Report on the Civil Veterinary Department, Eastern Bengal and Assam - 1907-1911
Year: 1907
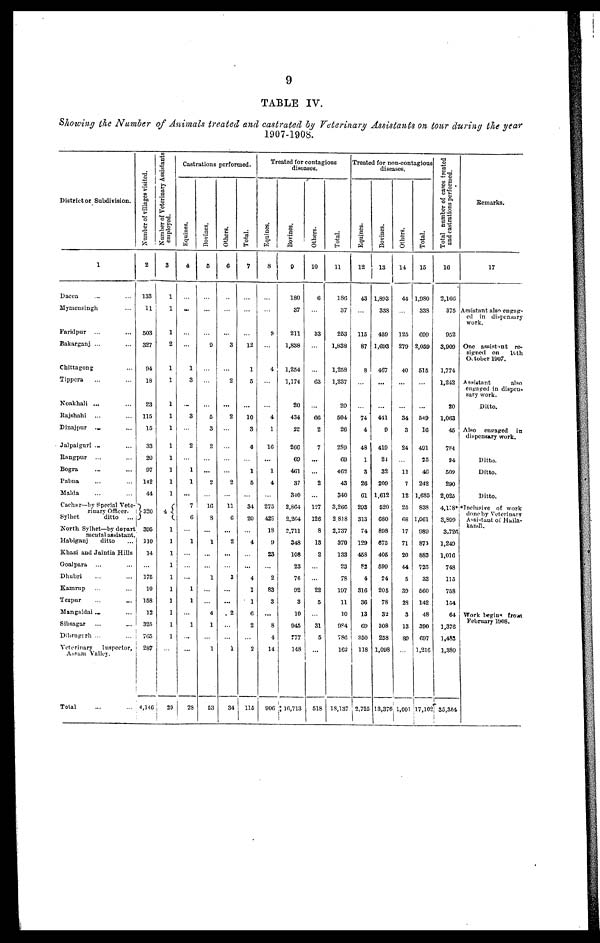
9
TABLE IV.
Showing the Number of Animals treated and castrated by Veterinary Assistants on tour during the year
1907-1908.
District or Subdivision.
1
Dacca ...
Mymensingh ...
Faridpur ... ...
Bakarganj ... ...
Chittagong ...
Tippera ... ...
Noakhali ... ...
Rajshahi ... ...
Dinajpur ... ...
Jalpaiguri ... ...
Rangpur ... ...
Bogra ... ...
Pabna ... ...
Malda ... ...
Cachar—by Special Vete-
rinary Officer.
Sylhet
ditto
...
North Sylhet—by depart
mental assistant
Habigainj
ditto ...
Khasi and Jaintia Hills
Goalpara ... ...
Dhubri ... ...
Kamrup ... ...
Tezpur ... ...
Mangaldai ... ...
Sibsagar ... ...
Dibrugarh ... ...
Veterinary
Inspector,
Assam Valley.
Total ... ...
Number of villages visited.
2
133
11
503
327
94
18
23
115
15
33
20
97
142
44
320
395
110
14
...
175
10
158
12
325
765
287
4,146
Number of Veterinary Assistants
employed.
3
1
1
1
2
1
1
1
1
1
1
1
1
1
1
4
1
1
1
1
1
1
1
1
1
1
...
29
Castrations performed.
Equines.
4
...
...
...
...
1
3
...
3
...
2
...
1
1
...
7
6
...
...
...
1
...
...
...
1
1
...
1
...
...
28
Bovines.
5
...
...
...
9
...
...
...
5
3
2
...
...
2
...
16
8
1
...
...
1
...
...
4
1
...
1
53
Others.
6
...
...
...
3
...
2
...
2
...
...
...
...
2
...
11
6
2
...
...
3
...
...
. 2
...
...
1
34
Total.
7
...
...
...
12
1
5
...
10
3
4
...
1
5
...
34
20
4
...
...
4
1
1
6
2
...
2
116
Treated for contagious
diseases.
Equines.
8
...
...
9
...
4
...
...
4
1
16
...
1
4
...
275
428
18
9
23
...
2
83
3
...
8
4
14
906
Bovines.
9
180
37
211
1,838
1,254
1,174
20
434
23
266
69
461
37
340
2,864
2.264
2,711
348
108
23
76
92
3
10
945
777
148
16,713
Others.
10
6
...
33
...
...
63
...
66
2
7
...
...
2
...
127
126
8
13
2
...
...
22
5
...
31
5
...
518
Total.
11
186
37
253
1,838
1,258
1,237
20
504
26
289
69
462
43
340
3,266
2.818
2,737
370
133
23
78
197
11
10
984
786
162
18,137
Treated for non-contagious
diseases.
Equines.
12
43
...
115
87
8
...
...
74
4
48
1
3
26
61
293
313
74
129
458
82
4
316
36
13
69
350
118
2,725
Bovines.
13
1,893
338
459
1,693
467
...
...
4-41
9
419
24
32
209
1,612
520
680
898
675
405
599
24
205
78
32
308
258
1,098
13,37
Others.
14
44
...
125
279
40
...
...
34
3
24
...
11
7
12
25
68
17
71
20
44
5
39
28
3
13
89
...
1,001
Total.
15
1,980
338
699
2,059
515
...
...
549
16
491
25
46
242
1,685
838
1,061
989
875
883
725
33
560
142
48
390
697
1,216
17,102
Total number of cases treated
and castrations performed.
16
2,166
375
952
3,909
1,774
1,242
20
1,063
45
748
94
509
290
2,025
4,138*
3,809
3,726
1,249
1,016
748
115
758
154
64
1,376
1,483
1,380
35,354
Remarks.
17
Assistant also engag-
ed in dispensary
work.
One assistant re-
signed on
10th
October 1907.
Assistant
also
engaged in dispen-
sary work.
Ditto.
Also engaged in
dispensary work.
Ditto.
Ditto.
Ditto.
*Inclusive of work
done by Veterinary
Assistant of Haila-
kandi.
Work begins from
February 1908.